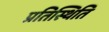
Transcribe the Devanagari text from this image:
प्रतिस्थिति